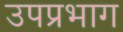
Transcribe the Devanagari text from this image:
उपप्रभाग